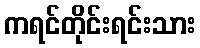
ကရင်တိုင်းရင်းသား